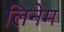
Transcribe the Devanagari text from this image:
लिनेम